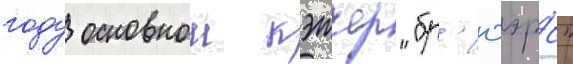
году основнои кэтчер "бр'юэрс"